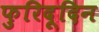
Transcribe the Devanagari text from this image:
फुरिदूदिन